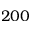
2 0 0